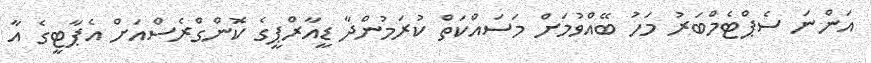
އަންނަ ސެޕްޓެމްބަރު މަހު ބޭއްވުމަށް މަސައްކަތް ކުރަމުންދާ ޑީއާރްޕީގެ ކޮންގްރެސްއަށް އެޕާޓީގެ އާ